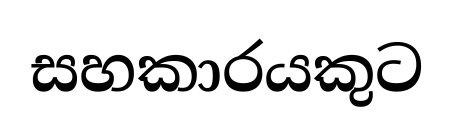
සහකාරයකුට